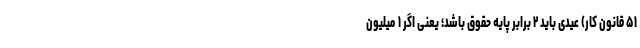
۵۱ قانون کار) عیدی باید ۲ برابر پایه حقوق باشد؛ یعنی اگر ۱ میلیون